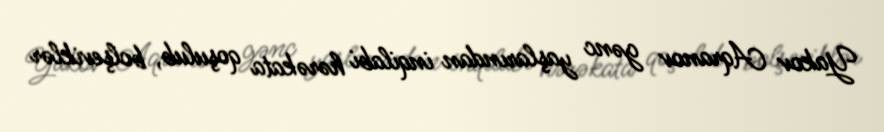
Yakov Aqranov gənc yaşlarından inqilabi hərəkata qoşulub, bolşeviklər